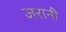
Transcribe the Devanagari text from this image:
जरानी